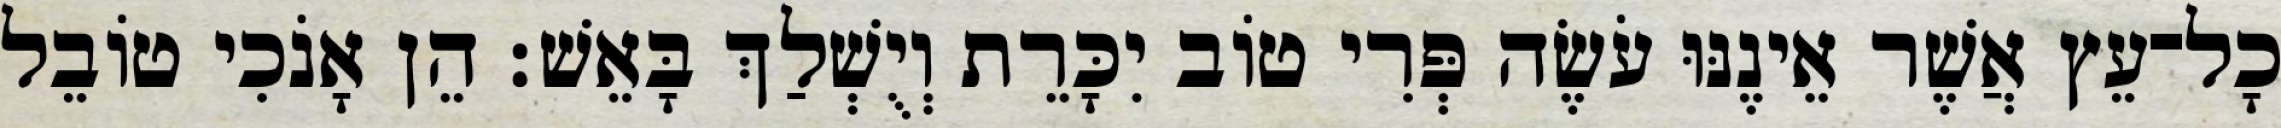
כָל־עֵץ אֲשֶׁר אֵינֶנּוּ עֹשֶׂה פְּרִי טוֹב יִכָּרֵת וְיֻשְׁלַךְ בָּאֵשׁ׃ הֵן אָנֹכִי טוֹבֵל